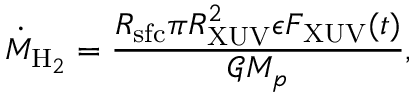
\dot { M } _ { \mathrm { H } _ { 2 } } = \frac { R _ { \mathrm { s f c } } \pi R _ { \mathrm { X U V } } ^ { 2 } \epsilon F _ { \mathrm { X U V } } ( t ) } { \mathcal { G } M _ { p } } ,